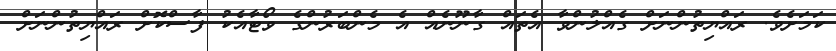
ކަމަށެވެ. ރައްޔިތުންނަށް ގެއްލުންވާ އެތައް ގާނޫނެއް އެ މެންބަރުންގެ ވޯޓާއެކު ފާސްކޮށް ރައްޔިތުންނަށް